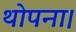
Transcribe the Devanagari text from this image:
थोपना।